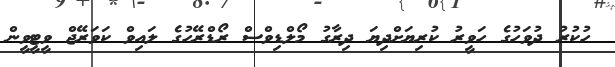
ހުކުރު ދުވަހުގެ ހަވީރު ކުރިޔަށްދިޔަ ދިރާގު މޯލްޑިވްސް ރޯޑްރޭހުގެ ލައިވް ކަވަރޭޖް ވީޓީވީން